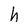
Character: h